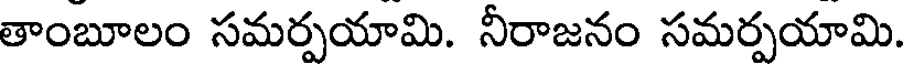
తాంబూలం సమర్పయామి. నీరాజనం సమర్పయామి.